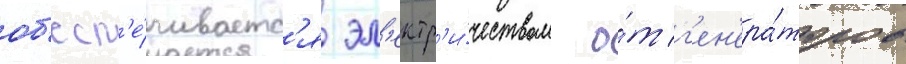
об'есп'е́чиваетс'я эл'ектр'и́чеством о́т г'ен'ера́торов